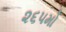
૨૬૫મો